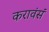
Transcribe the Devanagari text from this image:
करावंसं